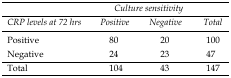
<table><thead><tr><td></td><td colspan="2"><b>Culture sensitivity</b></td><td></td></tr><tr><td><b>CRP levels at 72 hrs</b></td><td><b>Positive</b></td><td><b>Negative</b></td><td><b>Total</b></td></tr></thead><tbody><tr><td>Positive</td><td>80</td><td>20</td><td>100</td></tr><tr><td>Negative</td><td>24</td><td>23</td><td>47</td></tr><tr><td>Total</td><td>104</td><td>43</td><td>147</td></tr></tbody></table>